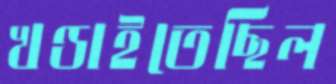
খণ্ডাইতেছিল